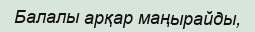
Балалы арқар маңырайды,